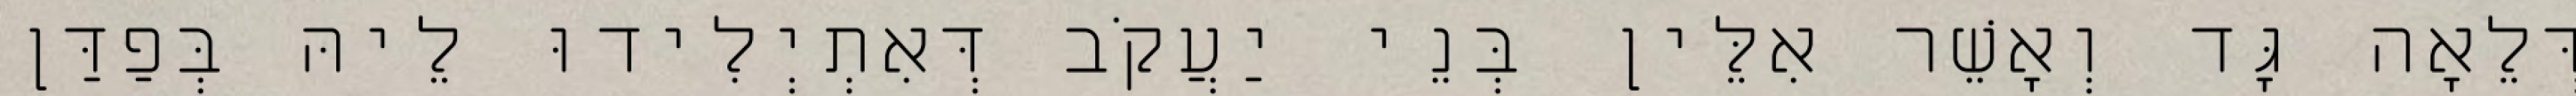
דְּלֵאָה גָּד וְאָשֵׁר אִלֵּין בְּנֵי יַעֲקֹב דְּאִתְיְלִידוּ לֵיהּ בְּפַדַּן